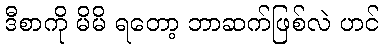
ဒီစာကို မိမိ ရတော့ ဘာဆက်ဖြစ်လဲ ဟင်